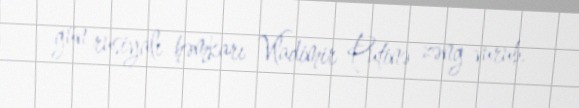
gün rusiyalı həmkarı Vladimir Putinə zəng vurub.